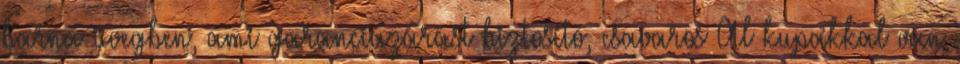
barna üvegben, ami garanciazárást biztosító, csavaros Al kupakkal van